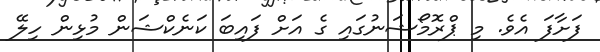
ފަށާފަ އެވެ. މި ޕްރޮމޯޝަނުގައި ގެ އަށް ފައިބަ ކަނެކްޝަން މުޅިން ހިލޭ